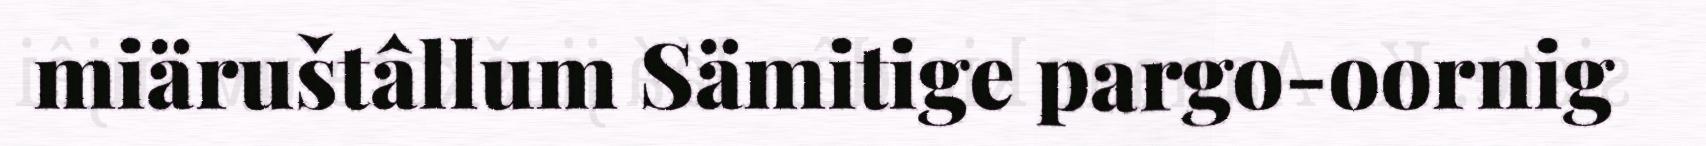
miäruštâllum Sämitige pargo-oornig